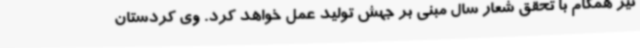
نیز همگام با تحقق شعار سال مبنی بر جهش تولید عمل خواهد کرد. وی کردستان